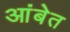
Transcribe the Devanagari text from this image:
आंबेत